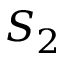
S _ { 2 }